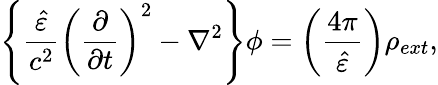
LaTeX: \left\{ {\frac{\hat{\varepsilon}}{c^{2}}}\left({\frac{\partial}{\partial t}}\right)^{2}-\nabla^{2}\right\} \phi=\left(\frac{4\pi}{\hat{\varepsilon}}\right)\rho_{ext},